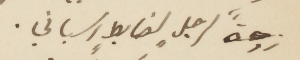
زوجة لرجل لضابط اسباني.